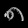
Digit: ၈